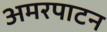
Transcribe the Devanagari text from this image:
अमरपाटन